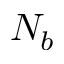
N _ { b }